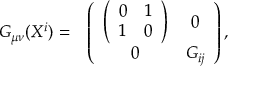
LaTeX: \begin{array} { c c } { { G _ { \mu \nu } ( X ^ { i } ) = } } & { { \left( \begin{array} { c c } { { \left( \begin{array} { c c } { { 0 } } & { { 1 } } \\ { { 1 } } & { { 0 } } \end{array} \right) } } & { { 0 } } \\ { { 0 } } & { { G _ { i j } } } \end{array} \right) , } } \end{array}